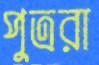
পুত্ররা